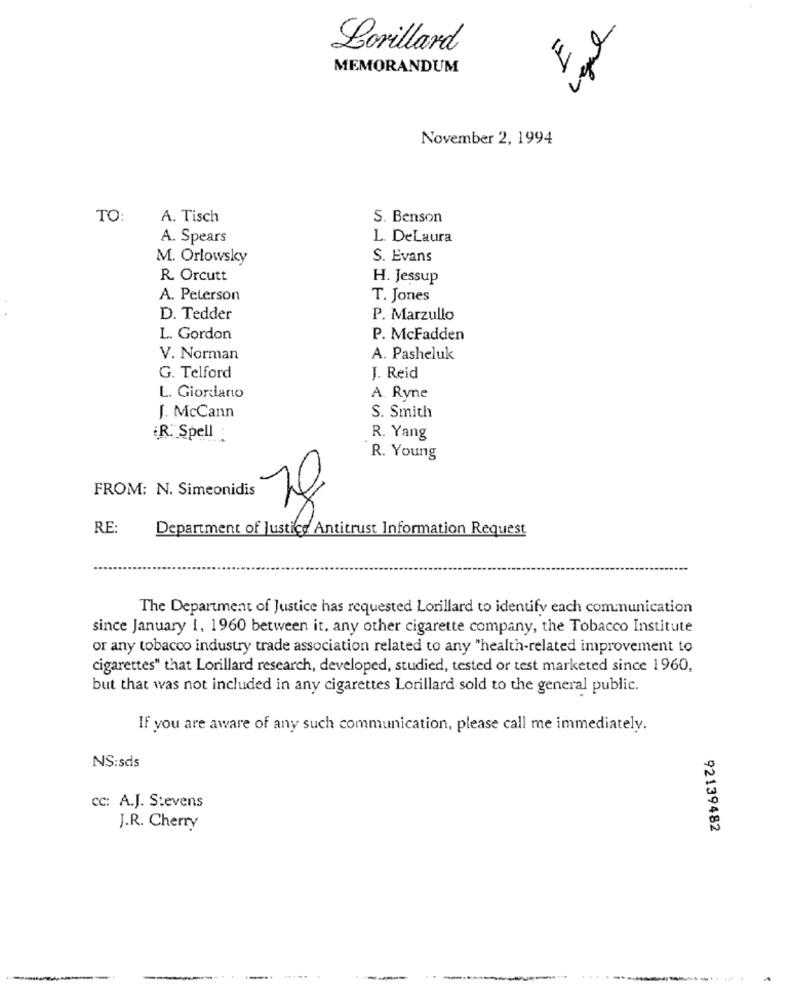
Legal
Lorillard
MEMORANDUM
November 2, 1994
TO:
A. Tisch
S. Benson
A. Spears
L. DeLaura
M. Orlowsky
S. Evans
R. Orcutt
H. Jessup
A. Peterson
T. Jones
D. Tedder
P. Marzullo
L. Gordon
P. McFadden
V. Norman
A. Pasheluk
G. Telford
J. Reid
L. Giordano
A. Ryne
S. Smith
J. McCann
R. Spell
R. Yang
R. Young
FROM: N. Simeonidis
RE:
Department of Justice Antitrust Information Request
The Department of Justice has requested Lorillard to identify each communication
since January 1, 1960 between it, any other cigarette company, the Tobacco Institute
or any tobacco industry trade association related to any "health-related improvement to
cigarettes" that Lorillard research, developed, studied, tested or test marketed since 1960,
but that was not included in any cigarettes Lorillard sold to the general public.
If you are aware of any such communication, please call me immediately.
NS:sds
cc: A.J. Stevens
J.R. Cherry
92139482